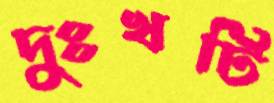
দুঃখটি